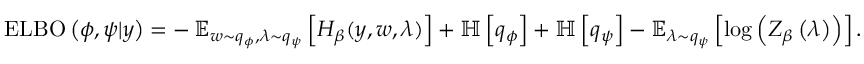
\operatorname { E L B O } \left( \phi , \psi \vert y \right) = - \operatorname { \mathbb { E } } _ { w \sim q _ { \phi } , \lambda \sim q _ { \psi } } \left[ H _ { \beta } ( y , w , \lambda ) \right] + \mathbb { H } \left[ q _ { \phi } \right] + \mathbb { H } \left[ q _ { \psi } \right] - \mathbb { E } _ { \lambda \sim q _ { \psi } } \left[ \log \left( Z _ { \beta } \left( \lambda \right) \right) \right] .